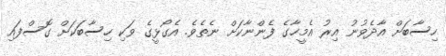
ހިސާބަށް އާދެވުނު އިރު އެމީހާގެ ފެންނާކަށް ނެތެވެ. އެގޯޅީގެ ވަކި ހިސާބަކަށް ގޮސްފައި